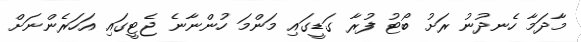
މާދަމާ ހެނދުނު ރަށު ބޯޓު ފުރާ ގަޑީގައި މަންމަ ހުންނާނެ ޖެޓީގައި އަހަރެންނަށް